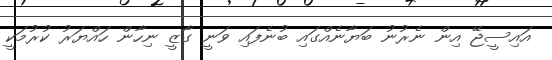
އައިސީޖޭ އިން ނެރުނު ބަޔާނެއްގައި ބުނެފައި ވަނީ ގާޒީ ނިހާން ހައްޔަރު ކުރުމަކީ